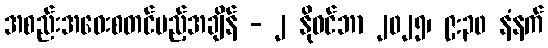
အစည်းအဝေးစတင်မည့်အချိန် - ၂ နိုဝင်ဘာ ၂၀၂၅၊ ၉:၃၀ နံနက်